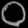
Digit: ၀